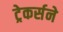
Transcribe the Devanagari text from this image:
ट्रेकर्सने